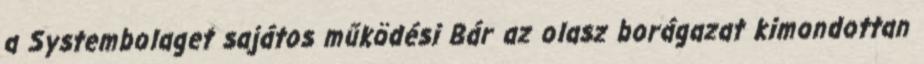
a Systembolaget sajátos működési Bár az olasz borágazat kimondottan